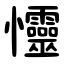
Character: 㦭